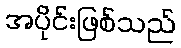
အပိုင်းဖြစ်သည်